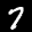
Label: 7